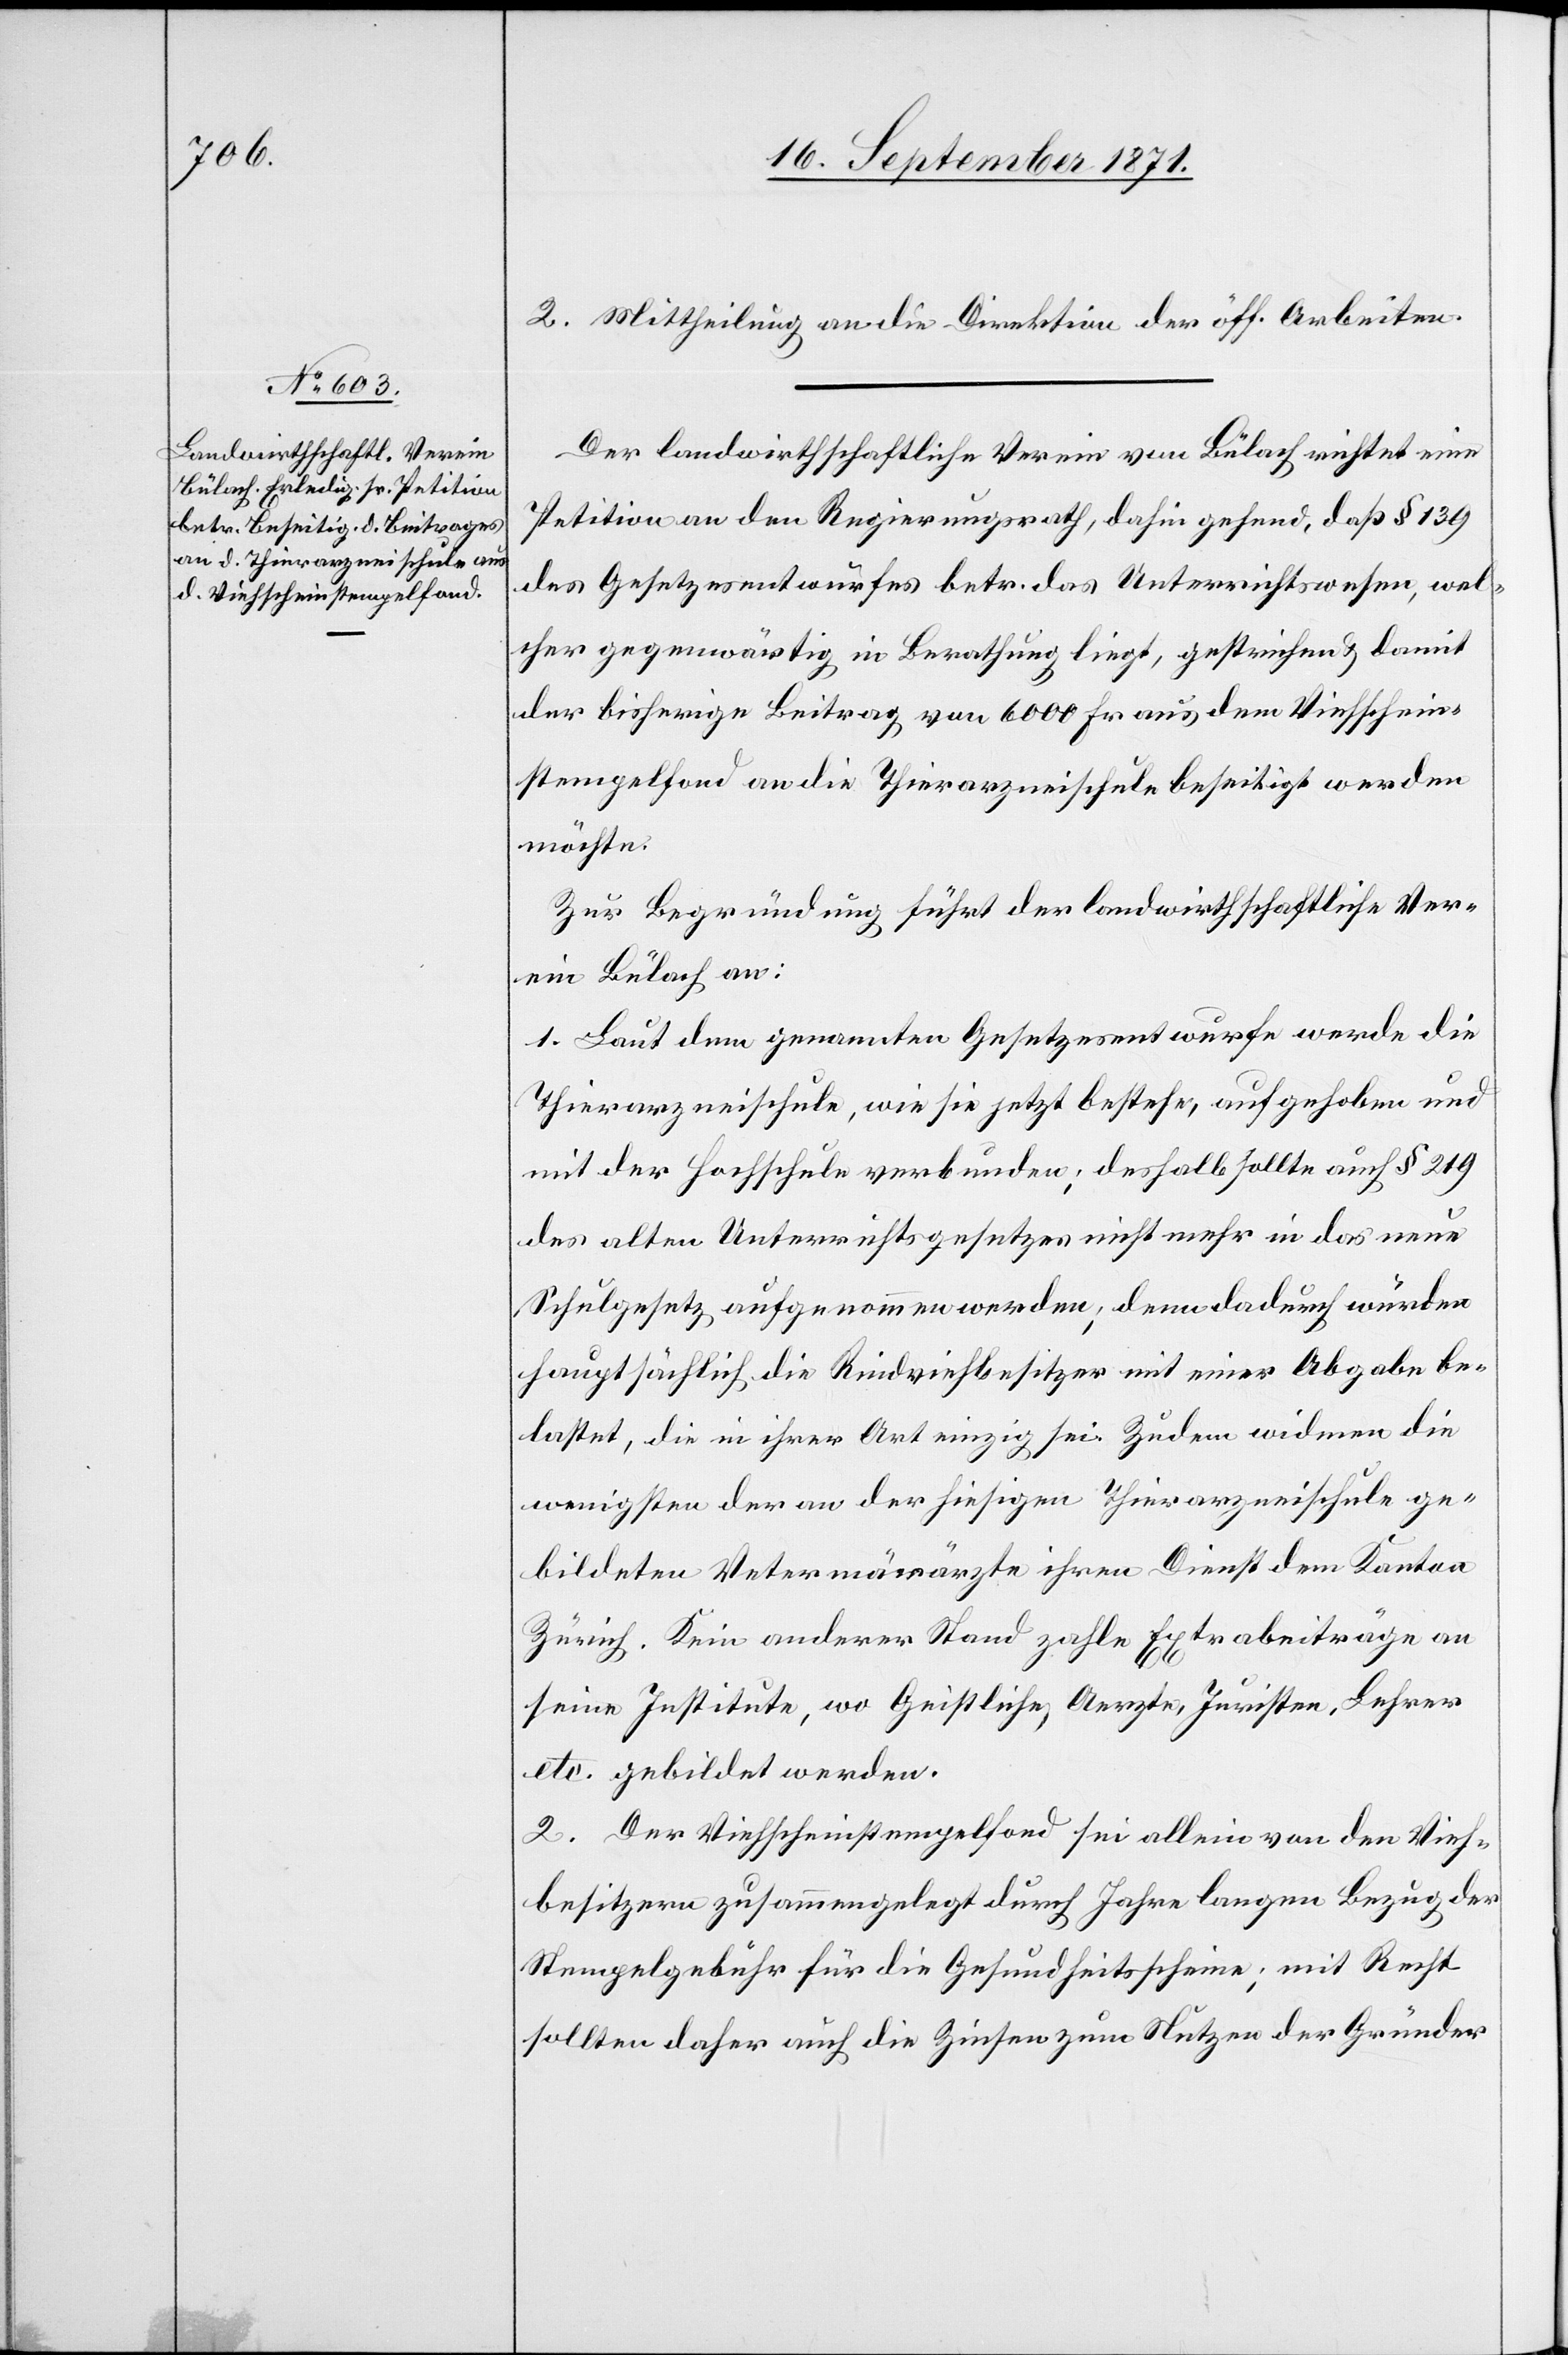
2.Mittheilung an die Direktion der öff. Arbeiten
Der landwirtschaftliche Verein von Bülach richtet eine
Petition an den Regierungsrath, dahin gehend, daß § 139
des Gesetzesentwurfes betr. das Unterrichtswesen, wel¬
ches gegenwärtig in Berathung liegt, gestrichen & damit
der bisherige Beitrag von 6000 Fr. aus dem Viehschein¬
stempelfond an die Thierarzneischule beseitigt werden
möchte.
Zur Begründung führt der landwirtschaftliche Ver¬
ein Bülach an:
1. Laut dem genannten Gesetzesentwurfe werde die
Thierarzneischule, wie sie jetzt bestehe, aufgehoben und
mit der Fachschule verbunden; deshalb sollte auch § 219
des alten Unterrichtsgesetzes nicht mehr in das neue
Schulgesetz aufgenommen werden; denn dadurch würden
hauptsächlich die Rindsviehbesitzer mit einer Abgabe be¬
lastet, die in ihrer Art einzig sei. Zudem widmen die
wenigsten der an der hiesigen Thierarzneischule ge¬
bildeten Veterinärärzte ihren Dienst dem Kanton
Zürich. Kein anderer Stand zahle Extrabeiträge an
seine Institute, wo Geistliche, Aerzte, Juristen, Lehrer
etc. gebildet werden.
2. Der Viehscheinstempelfond sei allein von den Vieh¬
besitzern zusammengelegt durch Jahre langen Bezug der
Stempelgebühr für die Gesundheitsscheine; mit Recht
sollten daher auch die Zinsen zum Nutzen der Gründer